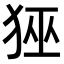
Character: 𭸊